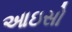
આઇસો